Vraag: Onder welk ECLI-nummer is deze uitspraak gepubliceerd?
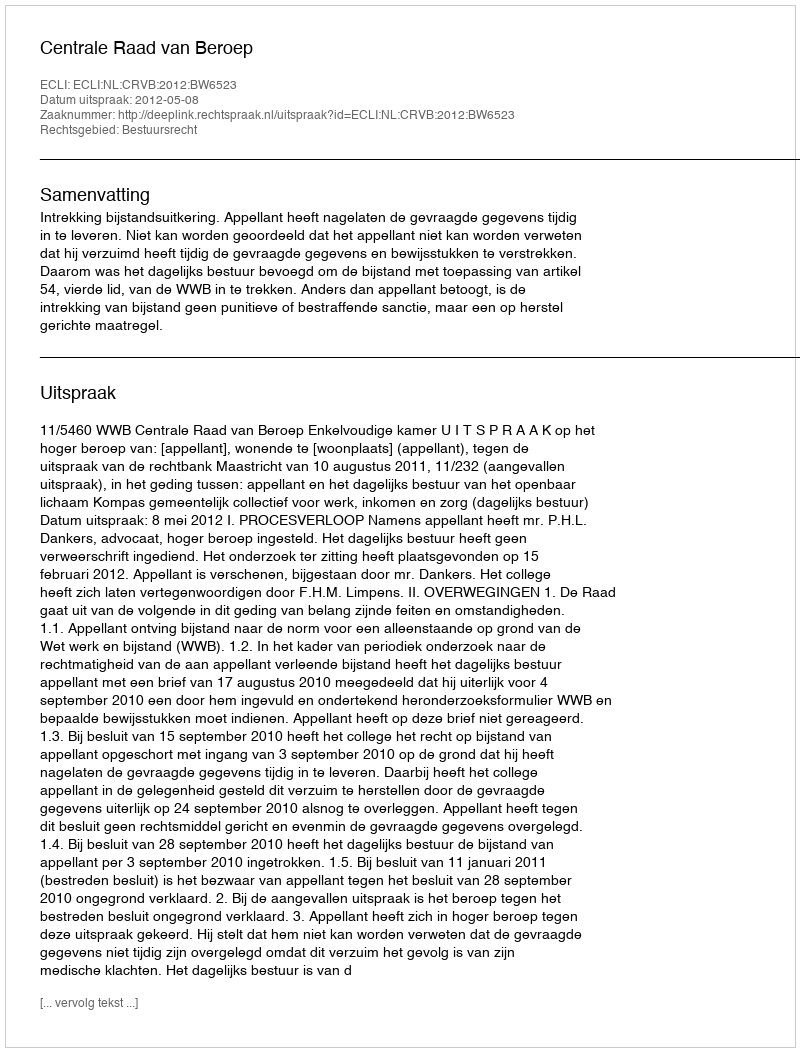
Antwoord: ECLI:NL:CRVB:2012:BW6523